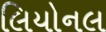
લિયોનલ